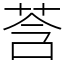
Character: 莟